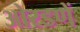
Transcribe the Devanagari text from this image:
ओरडणें